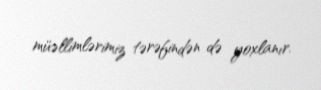
müəllimlərimiz tərəfindən də yoxlanır.